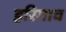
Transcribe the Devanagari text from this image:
हरिगाव